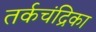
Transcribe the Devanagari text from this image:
तर्कचंद्रिका